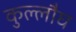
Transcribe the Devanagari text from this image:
कुल्लौघ